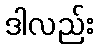
ဒါလည်း